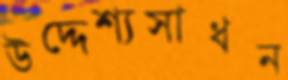
উদ্দেশ্যসাধন